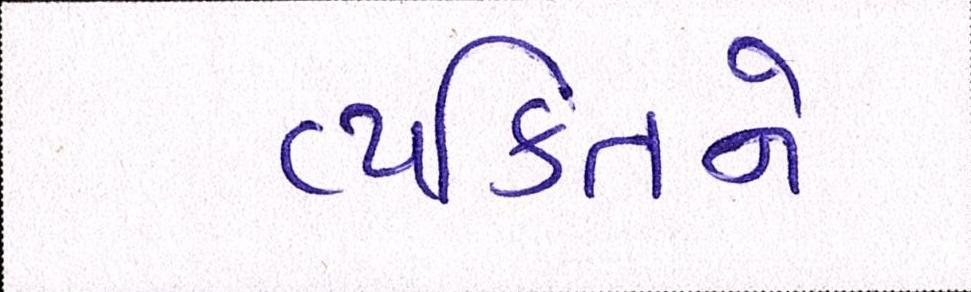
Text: વ્યકિતને